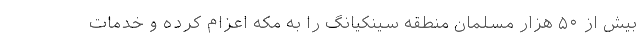
بیش از ۵۰ هزار مسلمان منطقه سینکیانگ را به مکه اعزام کرده و خدمات